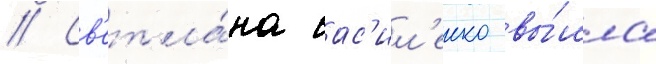
// Св'етла́на вас'ил'енко вы́шла